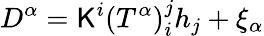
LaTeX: D^{\alpha}=\mathsf{K}^{i}(T^{\alpha})_{i}^{j}h_{j}+\xi_{\alpha}